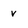
Character: v